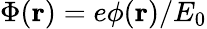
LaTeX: \Phi({\mathbf{r}})=e\phi({\mathbf{r}})/E_{0}